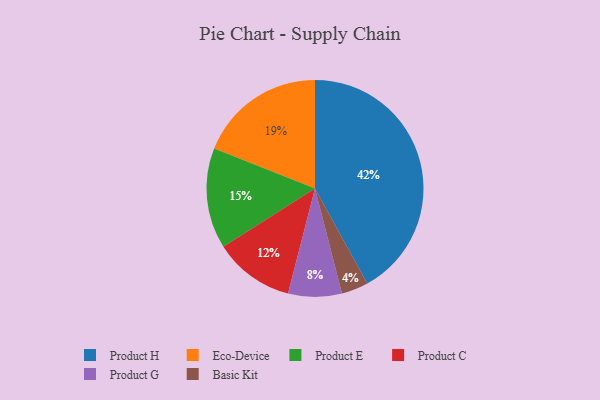
{"axis": {"x": "Category", "y": "Percentage"}, "legend": ["Basic Kit", "Eco-Device", "Product C", "Product E", "Product G", "Product H"], "data": [{"x": "Basic Kit", "y": 4, "type": "Basic Kit"}, {"x": "Eco-Device", "y": 19, "type": "Eco-Device"}, {"x": "Product H", "y": 42, "type": "Product H"}, {"x": "Product E", "y": 15, "type": "Product E"}, {"x": "Product G", "y": 8, "type": "Product G"}, {"x": "Product C", "y": 12, "type": "Product C"}]}